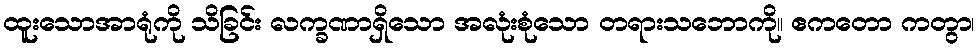
ထူးသောအာရုံကို သိခြင်း လက္ခဏာရှိသော အလုံးစုံသော တရားသဘောကို။ ဧကတော ကတွာ၊